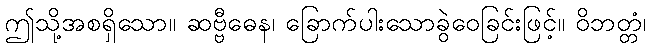
ဤသို့အစရှိသော။ ဆဗ္ဗီဓေန၊ ခြောက်ပါးသောခွဲဝေခြင်းဖြင့်။ ဝိဘတ္တံ၊